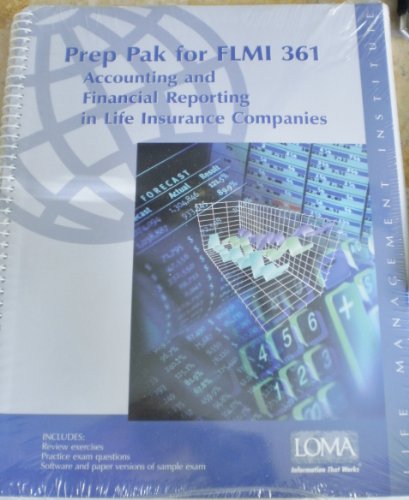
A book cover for Prep Pak for FLMI 361 - Accounting and Financial Reporting in Life Insurance Companies; Sean Schaeffer Gilley; Business & Money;